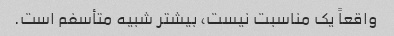
واقعاً یک مناسبت نیست، بیشتر شبیه متأسفم است.